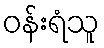
ဝန်းရံသူ